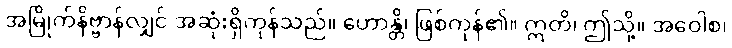
အမြိုက်နိဗ္ဗာန်လျှင် အဆုံးရှိကုန်သည်။ ဟောန္တိ၊ ဖြစ်ကုန်၏။ ဣတိ၊ ဤသို့။ အဝေါစ၊